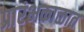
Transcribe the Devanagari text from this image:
प्रारंभकाळात